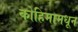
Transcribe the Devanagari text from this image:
कोहिमामधून